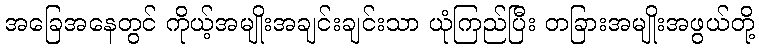
အခြေအနေတွင် ကိုယ့်အမျိုးအချင်းချင်းသာ ယုံကြည်ပြီး တခြားအမျိုးအဖွယ်တို့